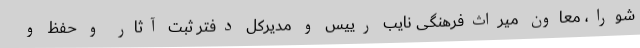
شورا، معاون میراث‌فرهنگی نایب رییس و مدیرکل دفتر ثبت آثار و حفظ و